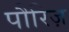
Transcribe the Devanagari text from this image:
पौरिज़